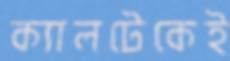
ক্যালটেকেই